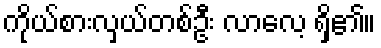
ကိုယ်စားလှယ်တစ်ဦး လာလေ့ ရှိ၏။